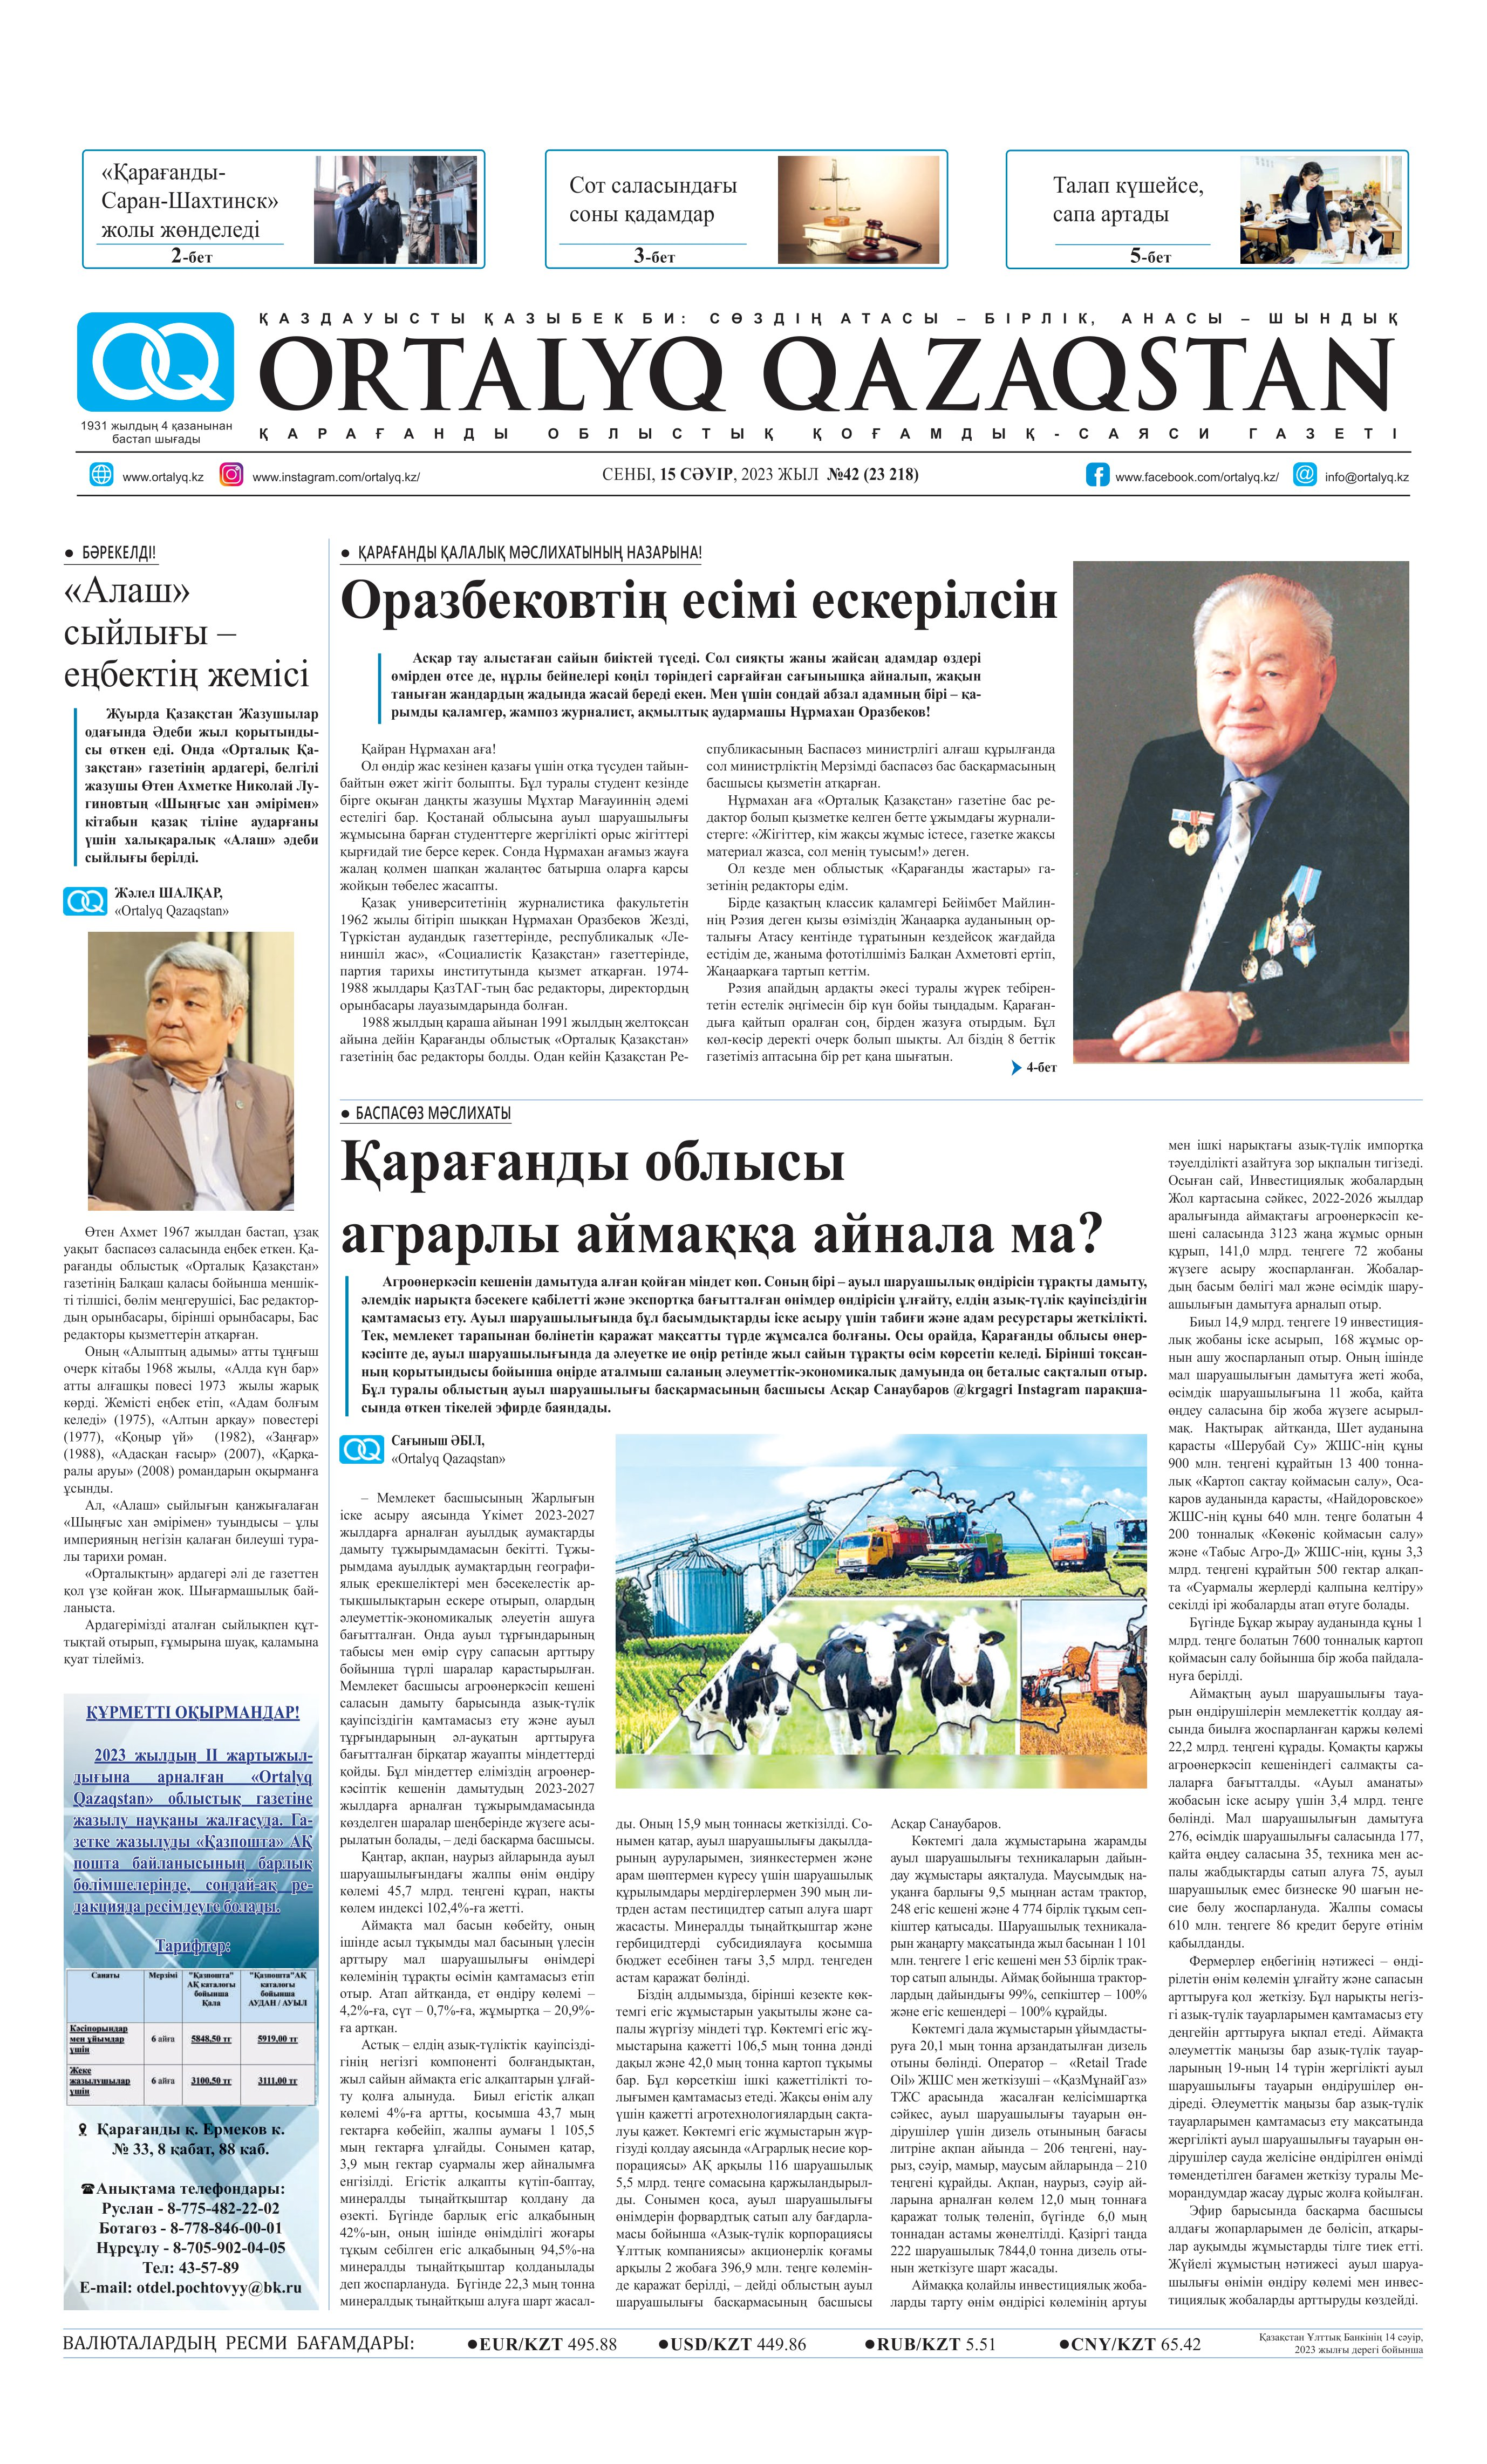
Language: kk